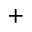
+